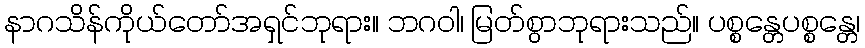
နာဂသိန်ကိုယ်တော်အရှင်ဘုရား။ ဘဂဝါ၊ မြတ်စွာဘုရားသည်။ ပစ္စန္တေပစ္စန္တေ၊